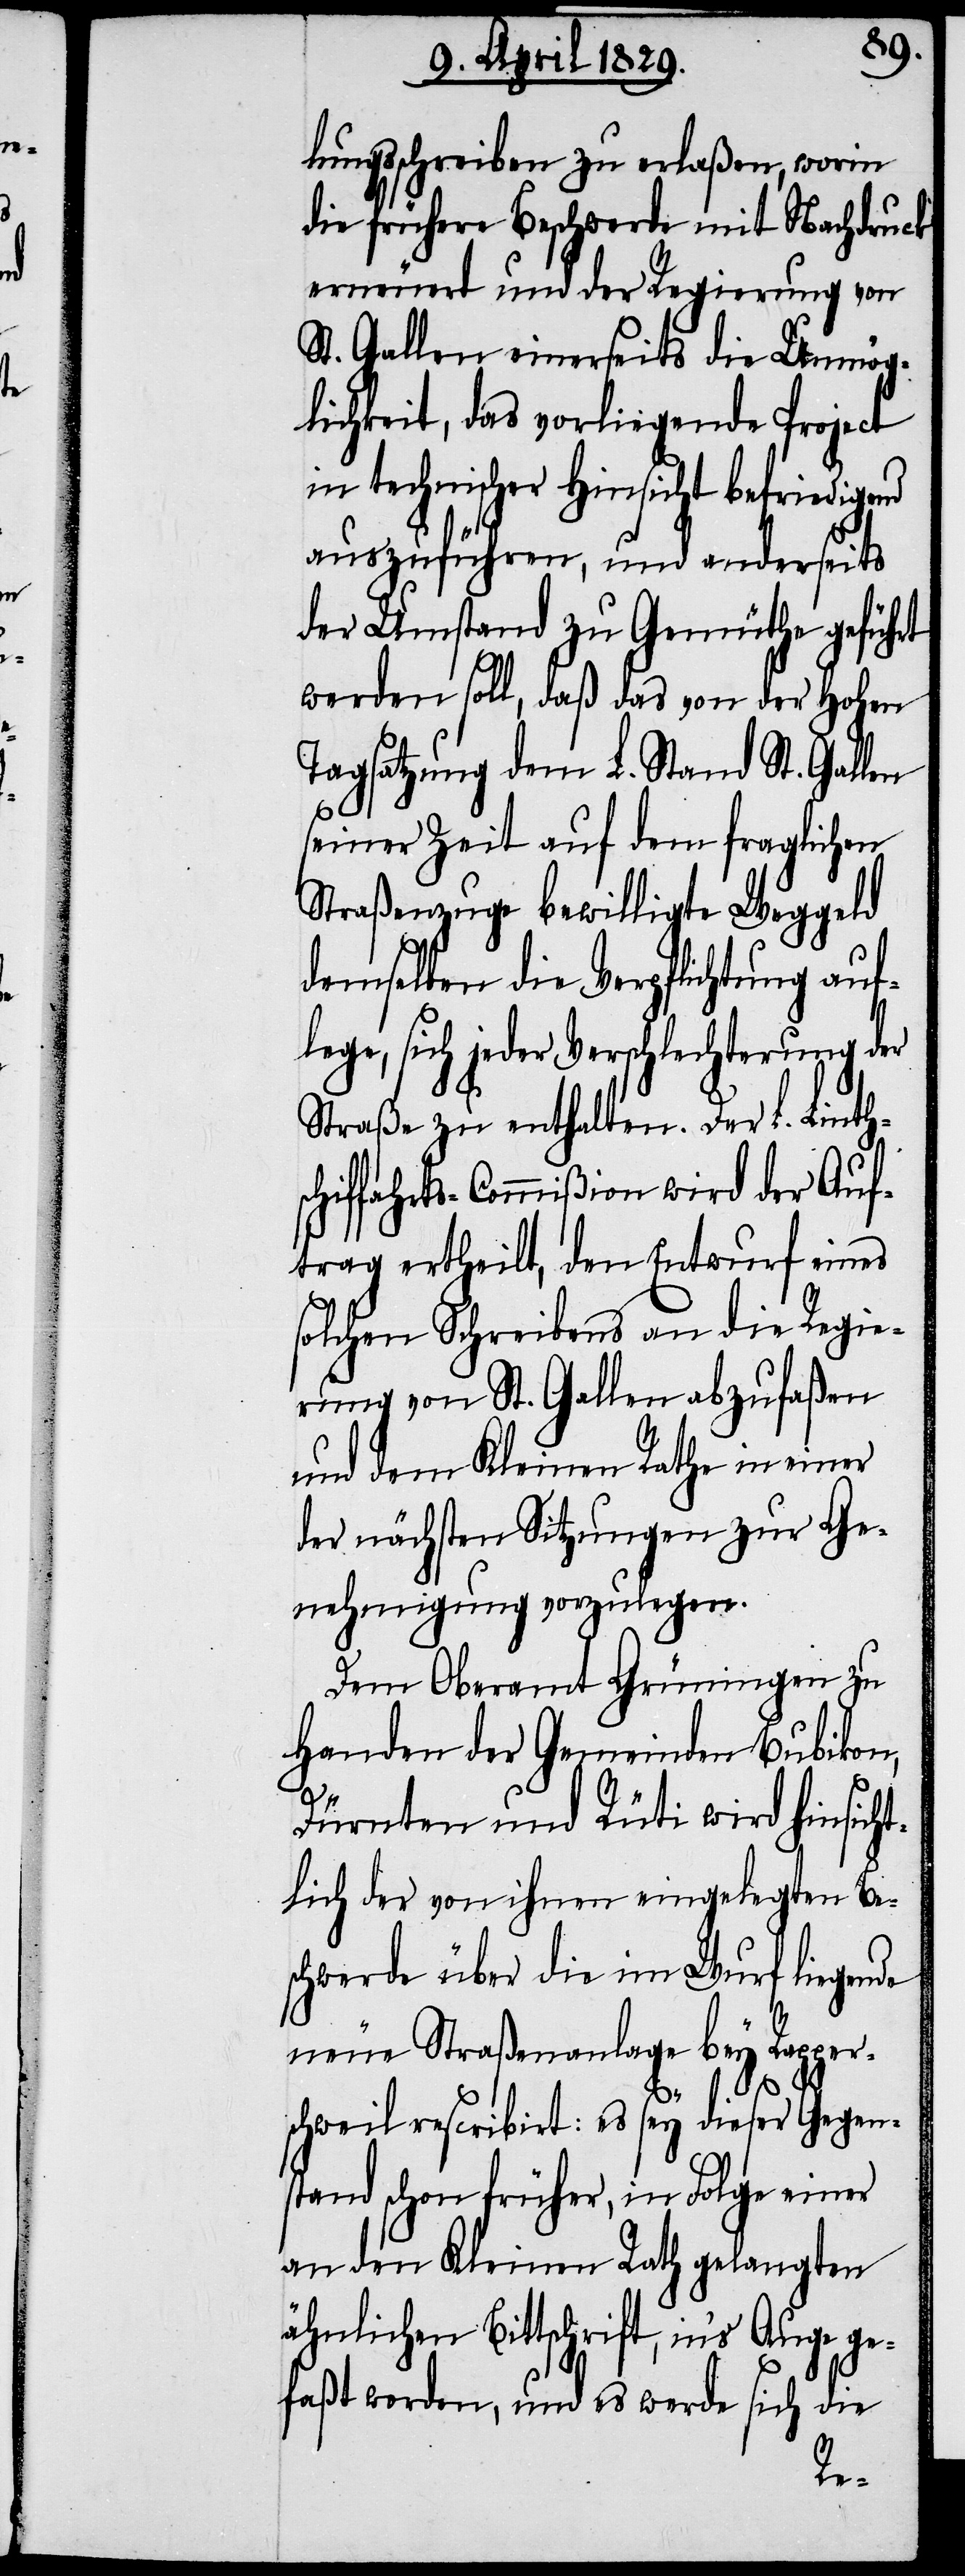
nd

lungsschreiben zu erlaßen, worin
die frühere Beschwerde mit Nachdruck
erneuert und der Regierung von
St. Gallen einerseits die Unmög¬
lichkeit, das vorliegende Project
ähnlichen Bittschrift,
auszuführen, und anderseits
der Umstand zu Gemüthe geführt
werden soll, daß das von der Hohen
Tagsatzung dem L. Stand St. Gallen
seiner Zeit auf dem fraglichen
Straßenzuge bewilligte Weggeld
demselben die Verpflichtung auf¬
lege, sich jeder Verschlechterung der
Straße zu enthalten. Der L. Linth¬
schiffahrts-Commißion wird der Auf¬
trag ertheilt, den Entwurf eines
solchen Schreibens an die Regie¬
rung von St. Gallen abzufaßen
und dem Kleinen Rathe in einer
der nächsten Sitzungen zur Ge¬
nehmigung vorzulegen.
Dem Oberamt Grüningen zu
Handen der Gemeinden Bubikon,
Dürnten und Rüti wird hinsich¬
tlich der von ihnen eingelegten Be¬
schwerde über die im Wurf liegende
neue Straßenanlage bey Rapper¬
schweil rescribirt: es sey dieser Gegen¬
stand schon früher, in Folge einer
an den Kleinen Rath gelangten
faßt worden, und es werde sich die
ge¬